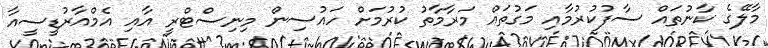
މާލޭގެ ކާނުތައް ސާފުކުރުމާއި މަގުތައް މަރާމާތު ކުރުމަށް ހައުސިން މިނިސްޓްރީ އާއި އެމްއާރުޑީސީއާ